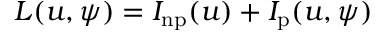
\begin{array} { r } { L ( u , \psi ) = I _ { \mathrm { n p } } ( u ) + I _ { \mathrm { p } } ( u , \psi ) } \end{array}